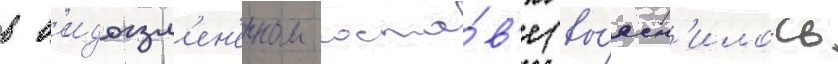
в в'идоизм'ен'енном соста́в'е (вы́ясн'илось